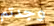
وجدتم